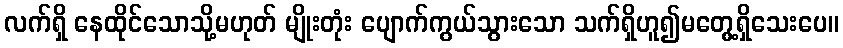
လက်ရှိ နေထိုင်သောသို့မဟုတ် မျိုးတုံး ပျောက်ကွယ်သွားသော သက်ရှိဟူ၍မတွေ့ရှိသေးပေ။